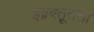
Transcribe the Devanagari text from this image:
इब्नबतूतता